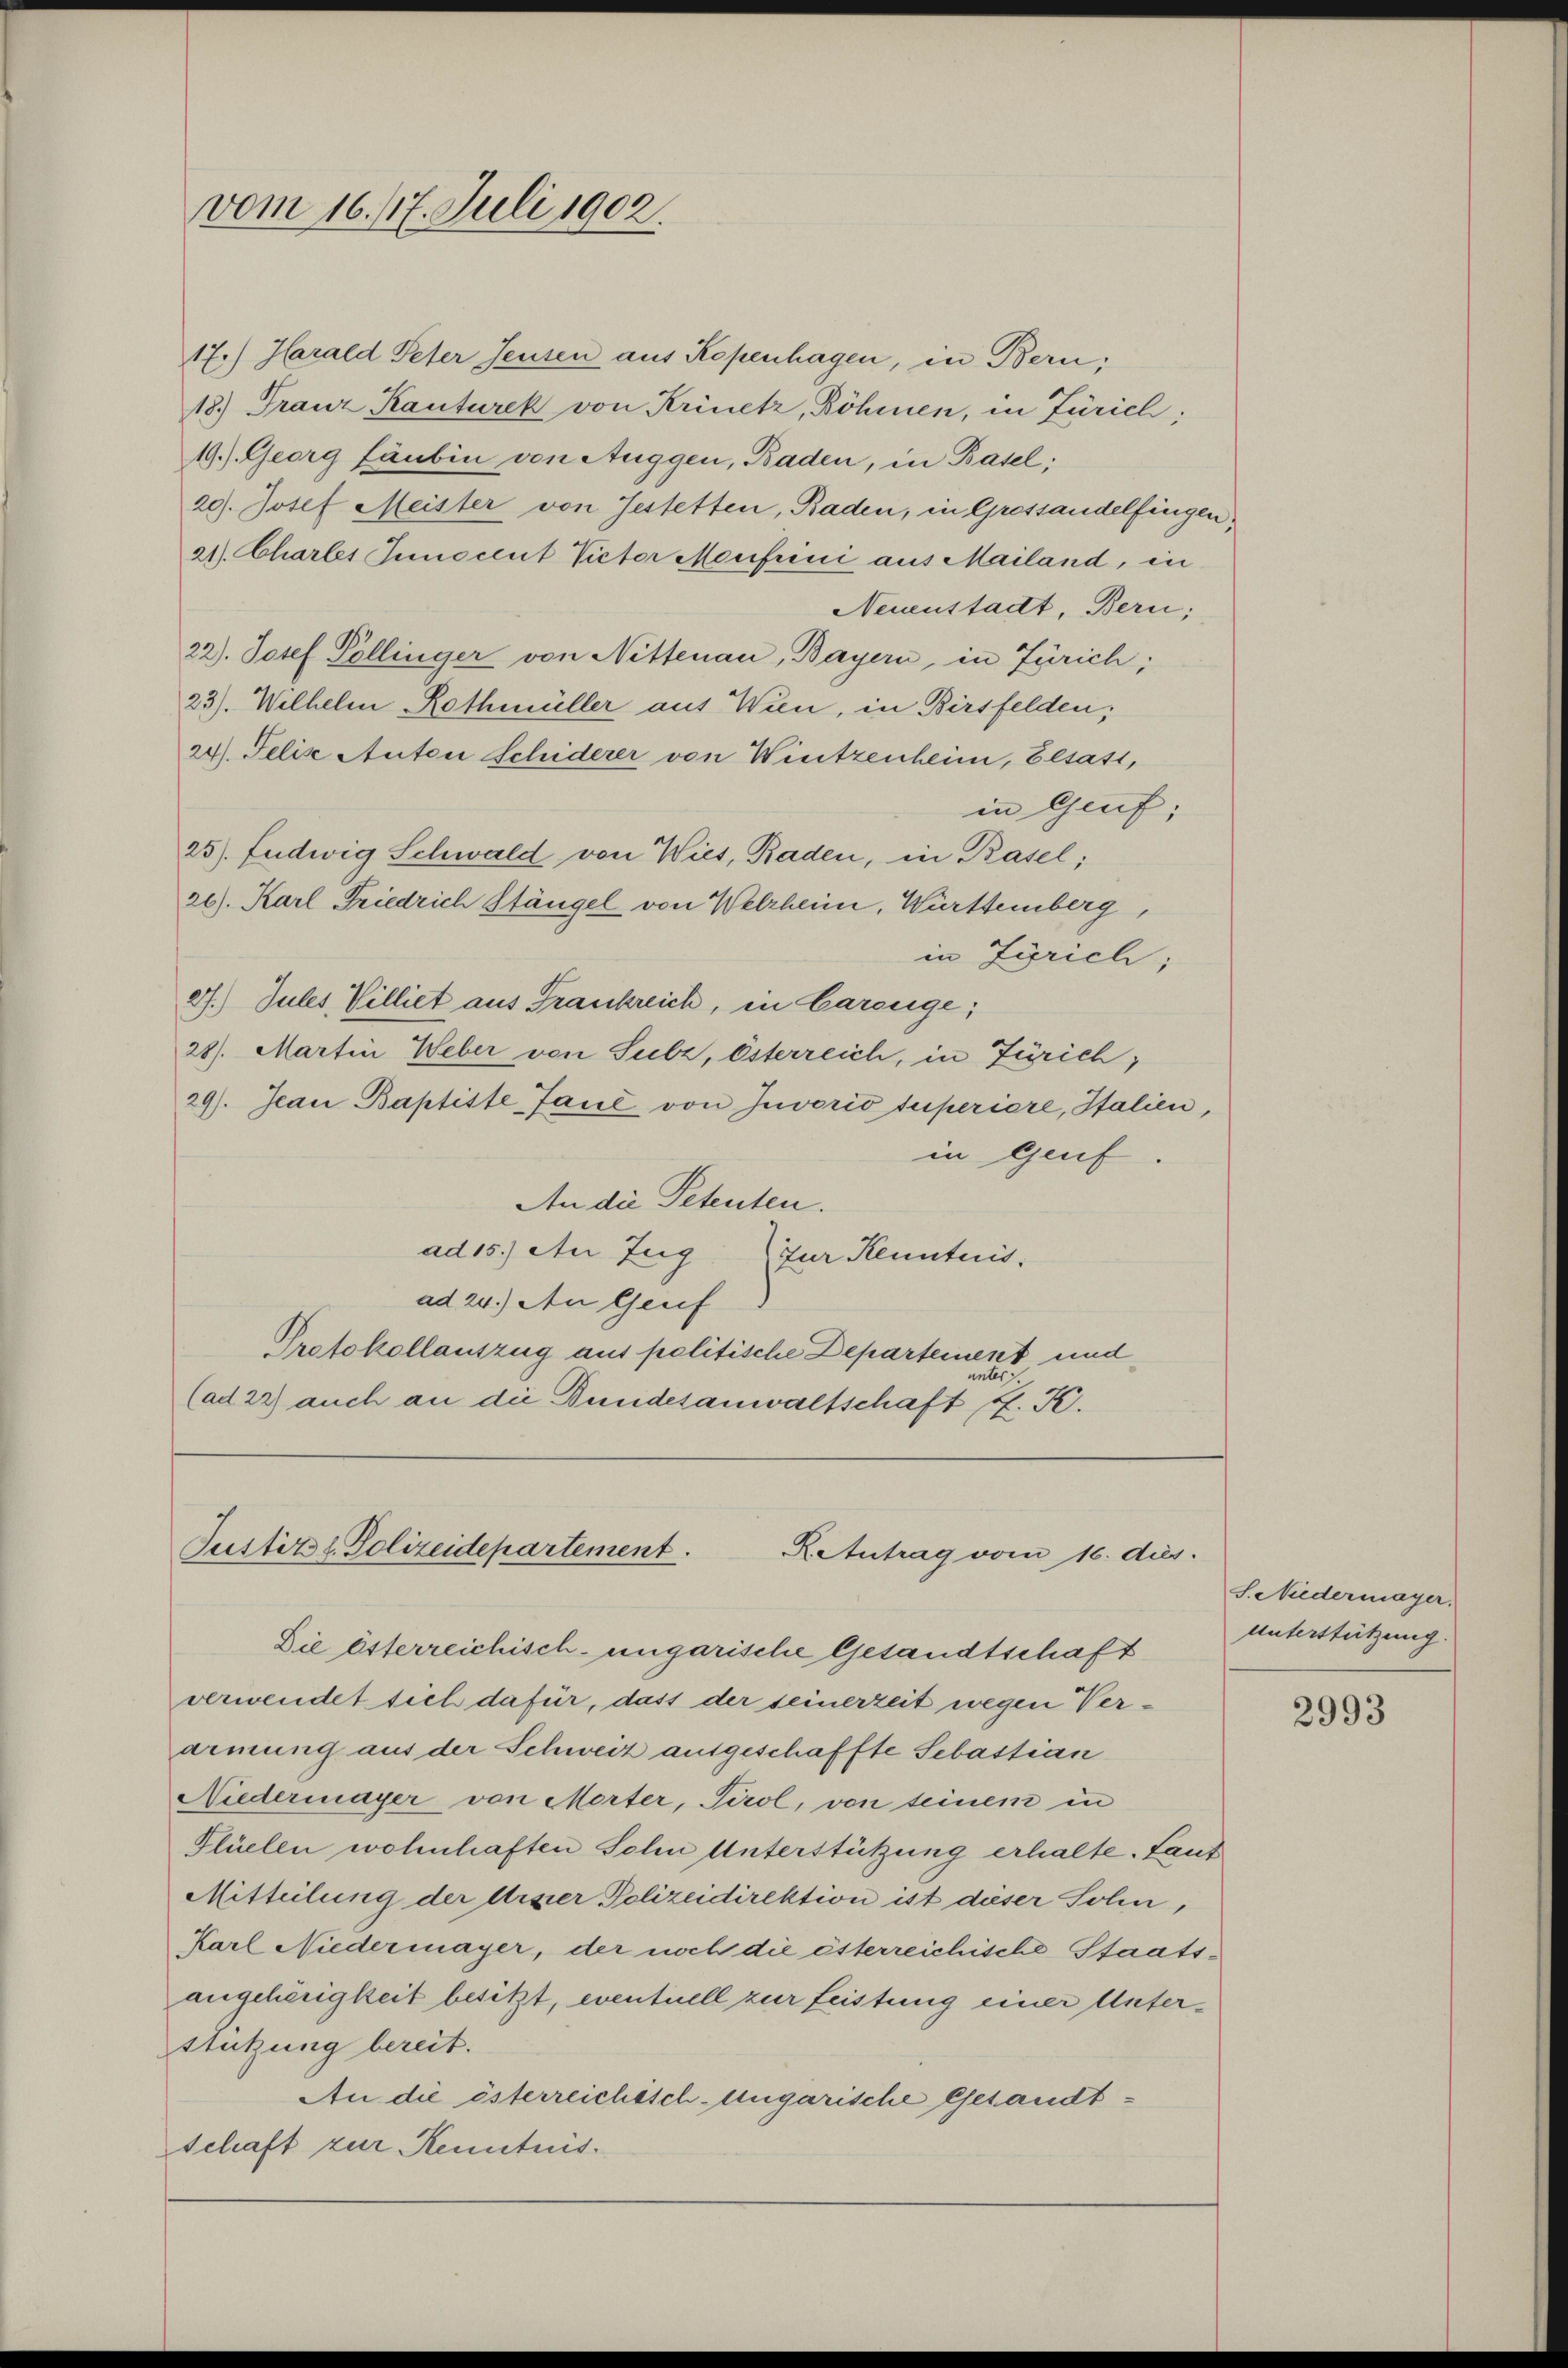
vom 16. 17. Juli 1902.

17.) Harald Peter Jeusen aus Kopenhagen, in Bern;
18.) Franz Kanturek von Krinetz, Böhmen, in Zürich;
19.) Georg Laubin von Auggen, Baden, in Basel;
20). Josef Meister von Jestetten, Baden, in Gressandelfingen;
21. Chartes Innocent Victor Menfrini aus Mailand, in
Neuenstadt, Bern;
22). Josef Pöllinger von Nittenau, Bayern, in Zürich;
23). Wilhelm Rothmüller aus Wien, in Birsfelden,
24. Felix Auton Schiderer von Wintzenheim, besass,
in Genf,
25). Fudwig Schwald von Wies, Baden, in Basel;
26). Karl Friedrich Stängel von Welzheim, Württemberg,
in Zürich;
27. Jules Villiet aus Frankreich, in Careüge;
28). Martin Weber von Subz, Esterreich, in Zürich;
29). Jean Baptiste Jane von Zuvorio superiere, Italien,
in Genf
An die Petenten.
ad15.) An Zug zur Kenntnis.
ad 24.) An Genf
Protokollauszug aus politische Departement und
nt
(ad 22) auch an die Bundesanwaltschaft K. K.

Justitzl. Polizeidepartement
Retutrag vom 16. dies

Die österreichisch-ungarische Gesandtschaft
verwendet sich dafür, dass der seinerzeit wegen Verarmung aus der Schweiz ausgeschaffte Sebastian
Niedermayer von Morter, Tirol, von seinem in
Flüelen wohnhaften Sohn Unterstützung erhalte. Laut
Mitteilung der Erzier Polizeidirektion ist dieser Solin,
Karl Niedermayer, der noch die österreichische Staatsangehörigkeit besitzt, eventuell zur Leistung einer Unter¬
Stützung bereit.
An die österreichisch Ungarische Gesandtschaft zur Kenntnis.

S. Niedermayer.
Unterstützung.

2993